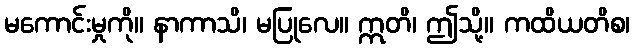
မကောင်းမှုကို။ နာကာသိ၊ မပြုလေ။ ဣတိ၊ ဤသို့။ ကထိယတိစ၊